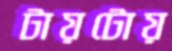
টায়টোয়